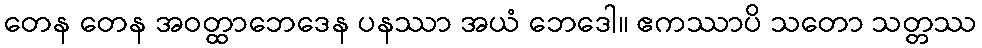
တေန တေန အဝတ္ထာဘေဒေန ပနဿာ အယံ ဘေဒေါ။ ဧကဿာပိ သတော သတ္တဿ